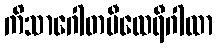
ကိသာဂေါတမီထေရီဂါထာ